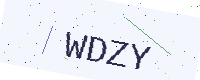
Text: WDZY